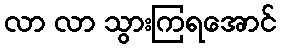
လာ လာ သွားကြရအောင်